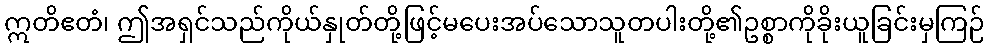
ဣတိဧတံ၊ ဤအရှင်သည်ကိုယ်နှုတ်တို့ဖြင့်မပေးအပ်သောသူတပါးတို့၏ဥစ္စာကိုခိုးယူခြင်းမှကြဉ်